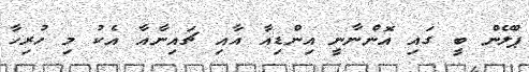
ޕްލޭން ބީ ގައި އޮންނާނީ އިންޑިއާ އާއި ޗައިނާއާ އެކު މި ހުރިހާ